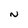
Character: N